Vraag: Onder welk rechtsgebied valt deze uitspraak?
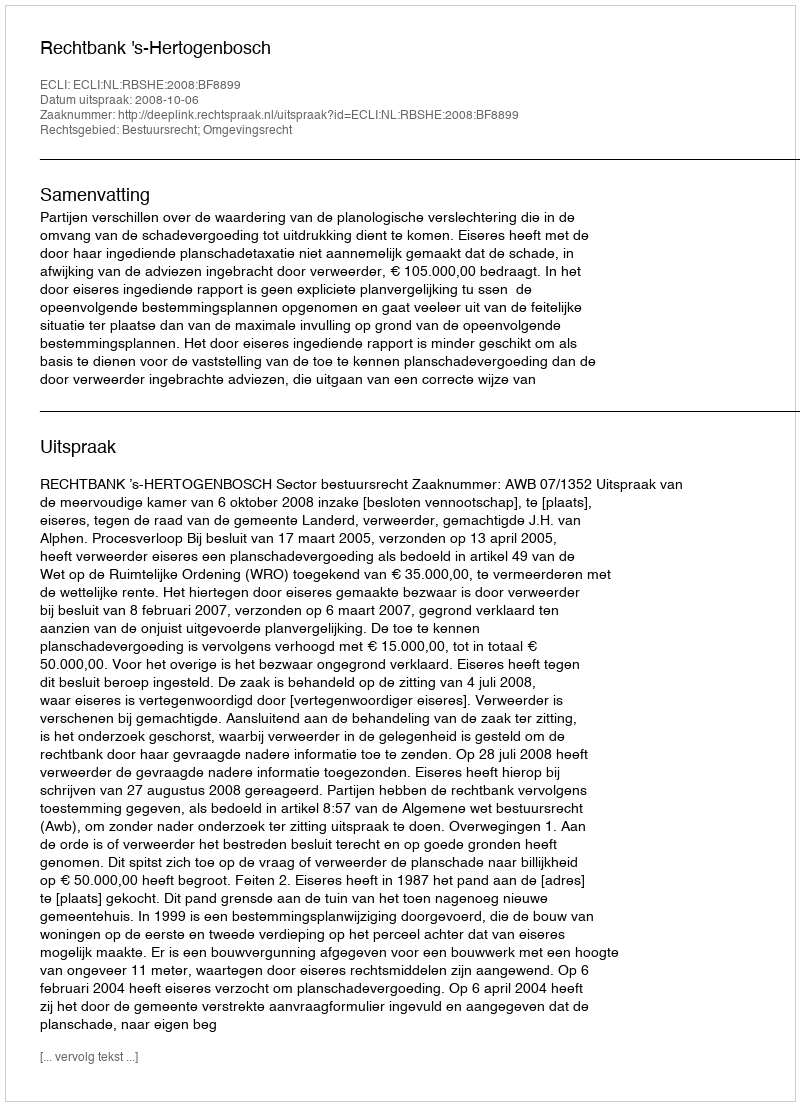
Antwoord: Bestuursrecht; Omgevingsrecht